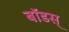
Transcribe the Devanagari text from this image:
बॉडस्